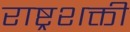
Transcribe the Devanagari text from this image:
राष्ट्रशक्ती